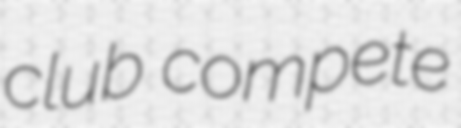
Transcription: club compete